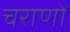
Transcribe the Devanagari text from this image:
चराणों